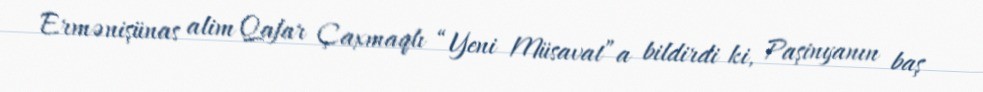
Ermənişünas alim Qafar Çaxmaqlı “Yeni Müsavat”a bildirdi ki, Paşinyanın baş